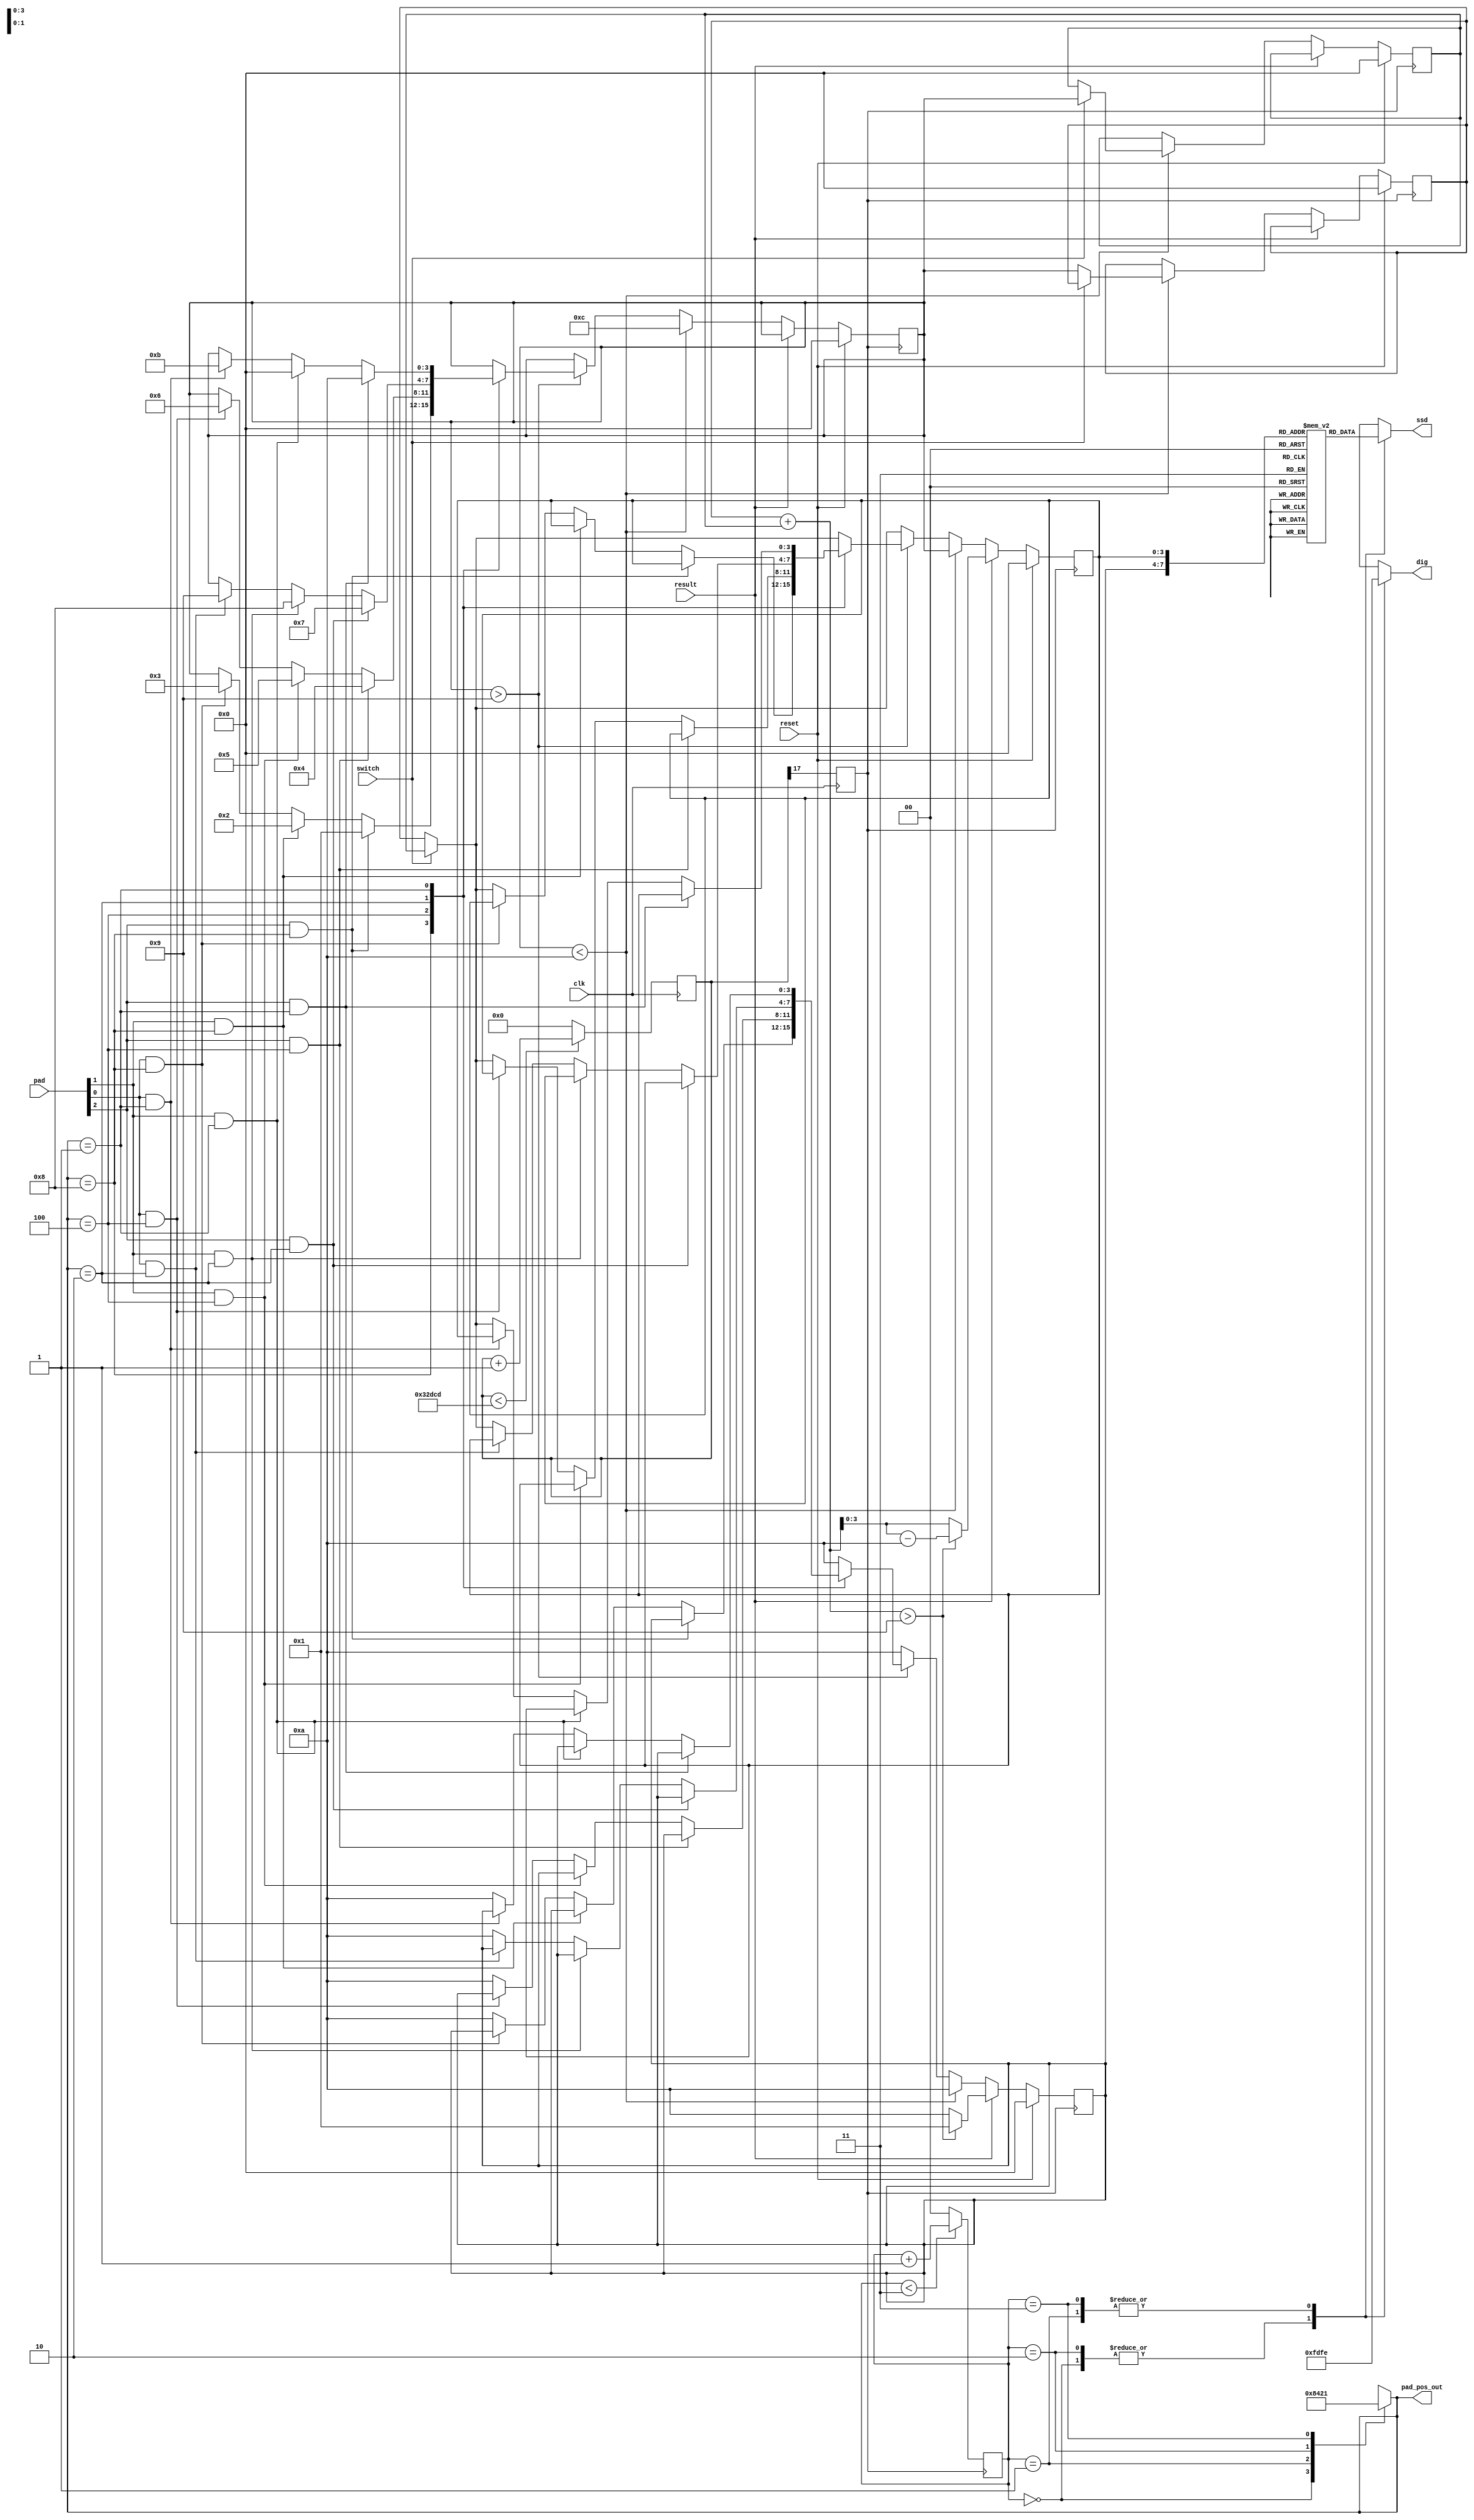
`timescale 1ns / 1ps

module pad_adder(
    input clk,
    input [0:2] pad,
    input switch,
    input result,
    input reset,
    output [0:3] pad_pos_out,
    output [7:0] dig,
    output [7:0] ssd
    );


    //oscillator devide
    reg [17:0] div;
    initial begin
        div = 18'd0;
    end
    reg clk_r; //refresh clock
    always @(posedge clk) begin
        if (div < 18'd208_333) begin //480Hz 
            div <= div + 1;
        end
        else begin
            div <= 18'd0;
        end
        clk_r <= div[17];
    end


    //ABCD refresh
    reg [1:0] signal = 2'b00;
    always @(posedge clk_r) begin
        if(signal < 2'b11) begin
            signal <= signal + 1;
        end
        else begin
            signal = 2'b00;
        end
    end
    
    reg [0:3] pad_pos = 4'b1000;
    always @(*) begin
        case(signal)
            2'b00: pad_pos = 4'b1000;
            2'b01: pad_pos = 4'b0100;
            2'b10: pad_pos = 4'b0010;
            2'b11: pad_pos = 4'b0001;
            default: pad_pos = 4'b1000;
        endcase
    end


    //pressed detection
    reg [3:0] pad_current = 4'd12;
    reg [4:0] num = 4'd0;
    reg [3:0] bcd_a = 4'b0000;
    reg [3:0] bcd_b = 4'b0000;
    reg [3:0] bcd_m = 4'd10; //dark
    reg [3:0] bcd_l = 4'd10;
    always @(negedge clk_r) begin
        if(reset == 1'b1) begin //reset
            bcd_a = 4'd0;
            bcd_b = 4'd0;
            num = 4'd0;
            bcd_m = 4'd0;
            bcd_l = 4'd0;
            pad_current = 4'd0;
        end
        else if(result == 1'b1) begin //get result
            num = bcd_a + bcd_b;
            if(num > 5'd9) begin
                bcd_m = 4'd1;
                bcd_l = num - 10;
            end
            else begin
                bcd_m = 4'd10;
                bcd_l = num;
            end
        end
        else if(pad_current < 4'd10) begin //valid press
            if(switch == 1'b0) begin
                bcd_a = pad_current;
                bcd_m = 4'd10;
                bcd_l = bcd_a;
                pad_current = 4'd12;
            end
            else begin
                bcd_b = pad_current;
                bcd_m = 4'd10;
                bcd_l = bcd_b;
                pad_current = 4'd12;
            end
        end
        else if(pad_current > 4'd9) begin //stand by and press detection
            case(pad_pos)
                4'b1000: begin
                    if(pad[0] == 1'b1 && pad_pos == 4'b1000) begin //1
                        pad_current = 4'd1;
                    end
                    else if(pad[1] == 1'b1 && pad_pos == 4'b1000) begin
                        pad_current = 4'd2;
                    end
                    else if(pad[2] == 1'b1 && pad_pos == 4'b1000) begin
                        pad_current = 4'd3;
                    end
                    else begin
                        pad_current <= pad_current;
                        if(switch == 1'b0) begin
                            bcd_m = 4'd10;
                            bcd_l = bcd_a;
                        end
                        else begin
                            bcd_m = 4'd10;
                            bcd_l = bcd_b;
                        end
                    end
                end
                4'b0100: begin
                    if(pad[0] == 1'b1 && pad_pos == 4'b0100) begin //4
                        pad_current = 4'd4;
                    end
                    else if(pad[1] == 1'b1 && pad_pos == 4'b0100) begin
                        pad_current = 4'd5;
                    end
                    else if(pad[2] == 1'b1 && pad_pos == 4'b0100) begin
                        pad_current = 4'd6;
                    end
                    else begin
                        pad_current <= pad_current;
                        if(switch == 1'b0) begin
                            bcd_m = 4'd10;
                            bcd_l = bcd_a;
                        end
                        else begin
                            bcd_m = 4'd10;
                            bcd_l = bcd_b;
                        end
                    end
                end
                4'b0010: begin
                    if(pad[0] == 1'b1 && pad_pos == 4'b0010) begin //7
                        pad_current = 4'd7;
                    end
                    else if(pad[1] == 1'b1 && pad_pos == 4'b0010) begin
                        pad_current = 4'd8;
                    end
                    else if(pad[2] == 1'b1 && pad_pos == 4'b0010) begin
                        pad_current = 4'd9;
                    end
                    else begin
                        pad_current <= pad_current;
                        if(switch == 1'b0) begin
                            bcd_m = 4'd10;
                            bcd_l = bcd_a;
                        end
                        else begin
                            bcd_m = 4'd10;
                            bcd_l = bcd_b;
                        end
                    end
                end
                4'b0001: begin
                    if(pad[0] == 1'b1 && pad_pos == 4'b0001) begin //*
                        pad_current = 4'd10;
                    end
                    else if(pad[1] == 1'b1 && pad_pos == 4'b0001) begin
                        pad_current = 4'd0;
                    end
                    else if(pad[2] == 1'b1 && pad_pos == 4'b0001) begin
                        pad_current = 4'd11;
                    end
                    else begin
                        pad_current <= pad_current;
                        if(switch == 1'b0) begin
                            bcd_m = 4'd10;
                            bcd_l = bcd_a;
                        end
                        else begin
                            bcd_m = 4'd10;
                            bcd_l = bcd_b;
                        end
                    end
                end
                default: begin
                    pad_current <= pad_current;
                    if(switch == 1'b0) begin
                        bcd_m = 4'd10;
                        bcd_l = bcd_a;
                    end
                    else begin
                        bcd_m = 4'd10;
                        bcd_l = bcd_b;
                    end
                end
            endcase
        end
        else begin //conflict situation
            if(switch == 1'b0) begin
                bcd_m = 4'd10;
                bcd_l = bcd_a;
            end
            else begin
                bcd_m = 4'd10;
                bcd_l = bcd_b;
            end
        end
    end


    //SSD LUT
    reg [7:0] ssd_lut[10:0];
    initial begin
        ssd_lut[0] = 8'b0000001_1;
        ssd_lut[1] = 8'b1001111_1;
        ssd_lut[2] = 8'b0010010_1;
        ssd_lut[3] = 8'b0000110_1;
        ssd_lut[4] = 8'b1001100_1;
        ssd_lut[5] = 8'b0100100_1;
        ssd_lut[6] = 8'b0100000_1;
        ssd_lut[7] = 8'b0001111_1;
        ssd_lut[8] = 8'b0000000_1;
        ssd_lut[9] = 8'b0000100_1;
        ssd_lut[10] = 8'b1111111_1;
    end


    //BCD digit assignment
    reg [7:0] dig_out = 8'b1111_1111;
    reg [7:0] bcd_display = 8'b0000001_1;
    always @(*) begin
        case(signal)
            2'b00: begin
                dig_out <= 8'b1111_1101;
                bcd_display <= ssd_lut[bcd_m];
            end
            2'b01: begin
                dig_out <= 8'b1111_1110;
                bcd_display <= ssd_lut[bcd_l];
            end
            2'b10: begin
                dig_out <= 8'b1111_1101;
                bcd_display <= ssd_lut[bcd_m];
            end
            2'b11: begin
                dig_out <= 8'b1111_1110;
                bcd_display <= ssd_lut[bcd_l];
            end
            default: begin
                dig_out = 8'b1111_1111;
                bcd_display = ssd_lut[10];
            end
        endcase
    end


    //output
    assign pad_pos_out = pad_pos;
    assign dig = dig_out;
    assign ssd = bcd_display;

endmodule